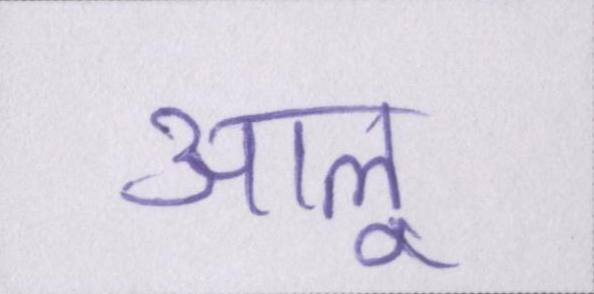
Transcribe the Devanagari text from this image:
आलू